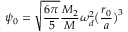
\psi _ { 0 } = \sqrt { \frac { 6 \pi } { 5 } } \frac { M _ { 2 } } { M } \omega _ { d } ^ { 2 } \big ( \frac { r _ { 0 } } { a } \big ) ^ { 3 }